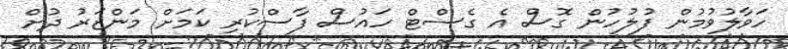
ހަވާލުވުމުން ފުލުހުން ގޮސް އެ ގެސްޓް ހައުސް ފާސްކުރި ކަމަށް މަންޒަރު ދުށް